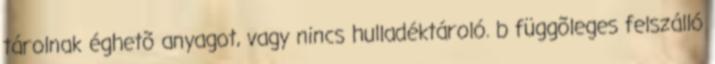
tárolnak éghetõ anyagot, vagy nincs hulladéktároló. b függõleges felszálló